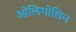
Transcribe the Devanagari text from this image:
ओलिगोसिन